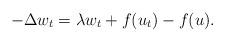
LaTeX: \begin{align*} -\Delta w_t = \lambda w_t+f(u_t)-f(u). \end{align*}